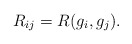
\begin{align*}R_{ij}=R(g_{i},g_{j}).\end{align*}